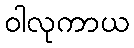
ဝါလုကာယ